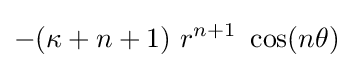
-(\kappa +n+1)~r^{n+1}~\cos(n\theta )